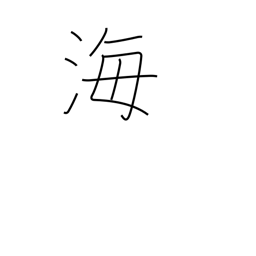
Meaning: ocean